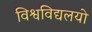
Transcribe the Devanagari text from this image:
विश्वविद्यलयो